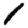
Digit: 1